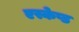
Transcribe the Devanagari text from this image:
एस्केप्ड